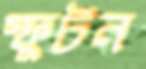
স্ফুটন